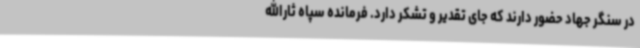
در سنگر جهاد حضور دارند که جای تقدیر و تشکر دارد. فرمانده سپاه ثارالله